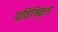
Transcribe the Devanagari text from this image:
पवित्रिकृत